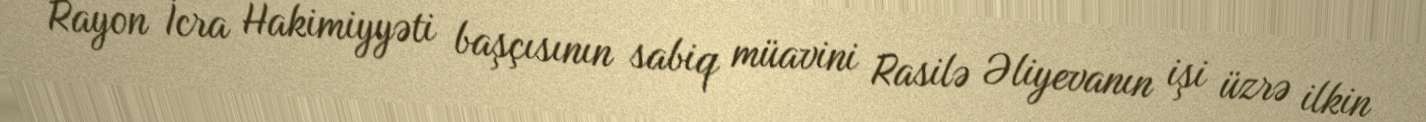
Rayon İcra Hakimiyyəti başçısının sabiq müavini Rasilə Əliyevanın işi üzrə ilkin